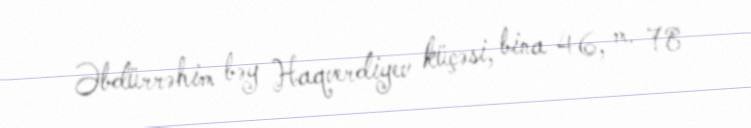
Əbdürrəhim bəy Haqverdiyev küçəsi, bina 46, m. 78